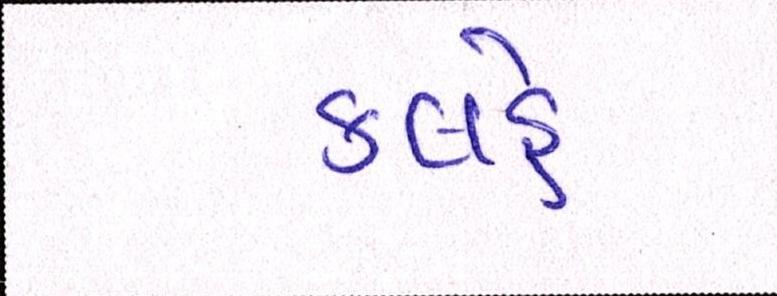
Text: કલહે